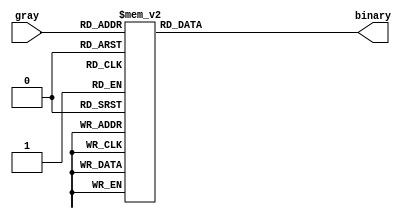
`timescale 1ns / 1ps

module gray_to_binary_bh(
        output reg [3:0] binary,
        input [3:0] gray);
    always@(*)
    begin
        case(gray)
            4'b0000: binary=4'b0000;
            4'b0001: binary=4'b0001;
            4'b0010: binary=4'b0011;
            4'b0011: binary=4'b0010;
            4'b0100: binary=4'b0111;
            4'b0101: binary=4'b0110;
            4'b0110: binary=4'b0100;
            4'b0111: binary=4'b0101;
            4'b1000: binary=4'b1111;
            4'b1001: binary=4'b1110;
            4'b1010: binary=4'b1100;
            4'b1011: binary=4'b1101;
            4'b1100: binary=4'b1000;
            4'b1101: binary=4'b1001;
            4'b1110: binary=4'b1011;
            4'b1111: binary=4'b1010;
        endcase
    end
endmodule